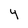
Character: 4